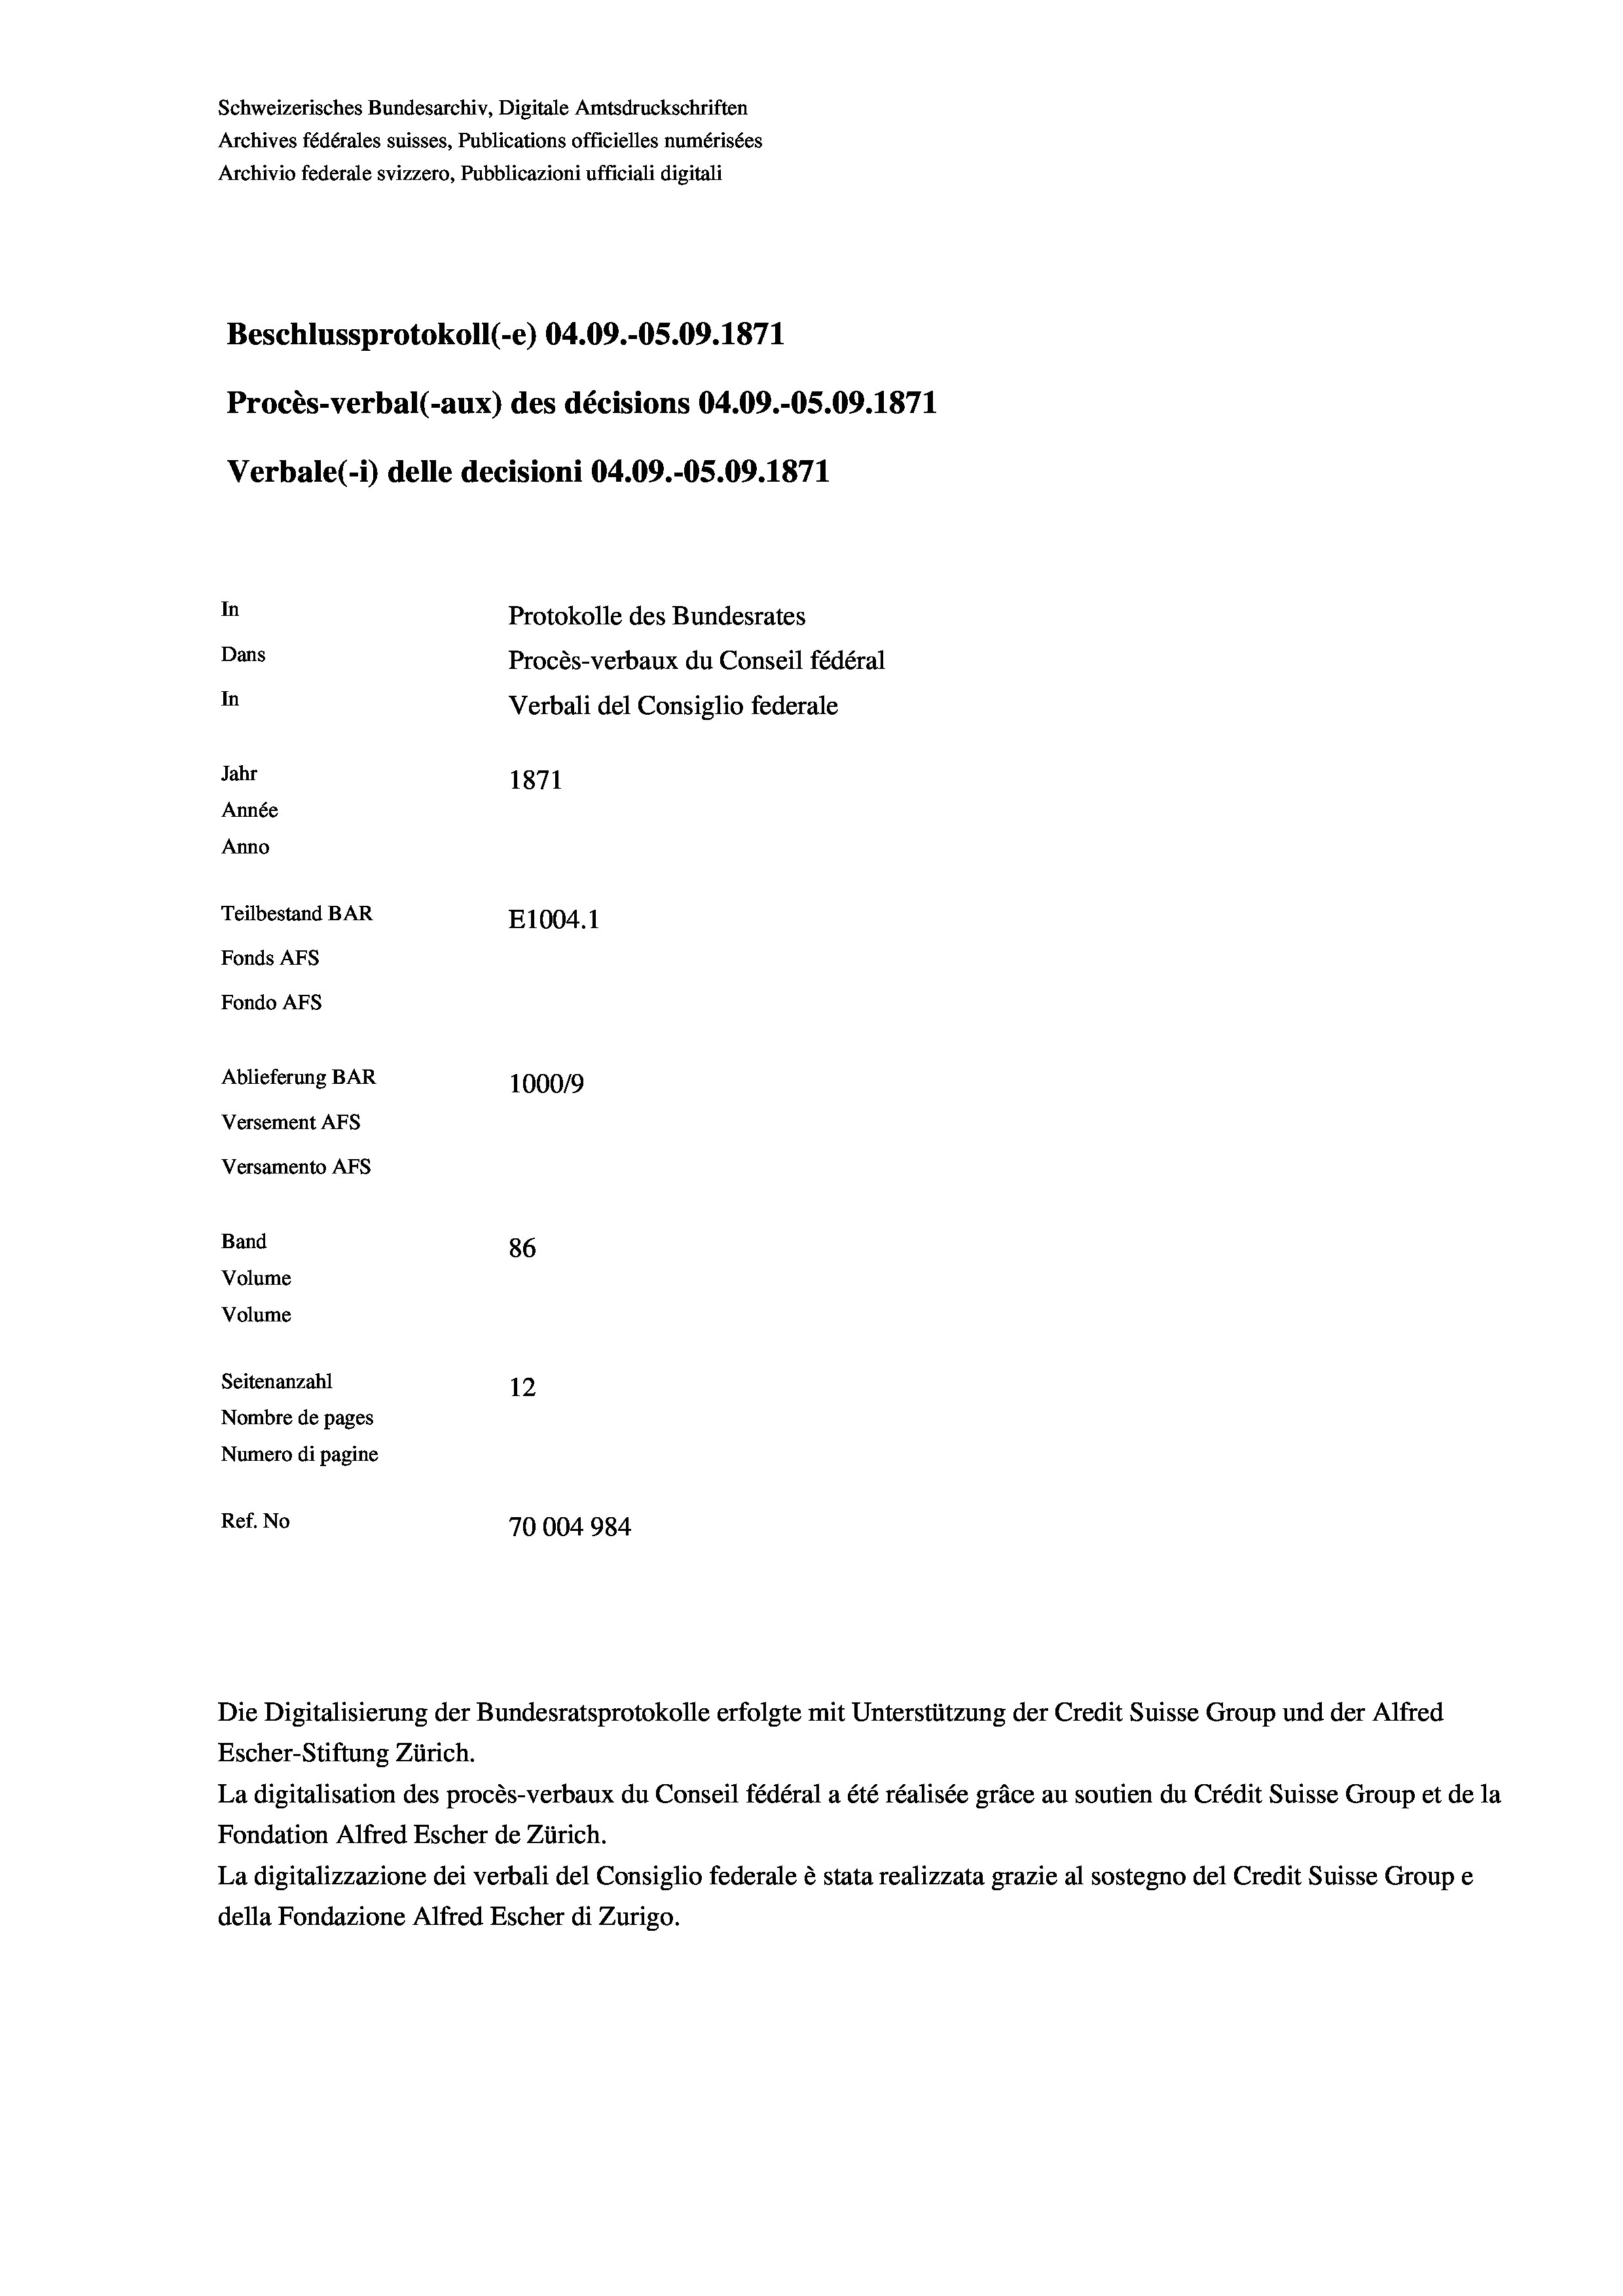
Schweizerisches Bundesarchiv, Digitale Amtsdruckschriften
Archives fédérales suisses, Publications officielles numérisées
Archivio federale svizzero, Pubblicazioni ufficiali digitali
Beschlussprotokoll (e) 04.09.-05.09. 1871
Procès-verbal (-aux) des décisions 04.09.-OS.09. 1871
Verbale (- 1) delle decisioni 04.09.-O5.09. 1871
In
Protokolle des Bundesrates
Dans
Procès-verbaux du Conseil fédéral
In
Verbali del Consiglio federale
Jahr
1871
Année
Anno
Teilbestand BAR
E1004. 1
Fonds Afs
Fondo AFS
Ablieferung BAR
100019
Versement AFs
Versamento AFs
Band
86
Volume
Volume
Seitenanzahl
12
Nombre de pages
Numero di pagine
Ref. No
70004984

Escher-Stiftung Zürich.
La digitalisation des procès-verbaux du Conseil fédéral a été réalisée gräce au soutien du Crédit Suisse Group et de la
Fondation Alfred Escher de Zürich.
La digitalizzazione dei verbali del Consiglio federale è stata realizzata grazie al sostegno del Credit Suisse Groupe
della Fondazione Alfred Escher di Zurigo.

Die Digitalisierung der Bundesratsprotokolle erfolgte mit Unterstützung der Credit Suisse Group und der Alfred